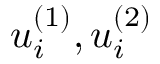
u _ { i } ^ { ( 1 ) } , u _ { i } ^ { ( 2 ) }